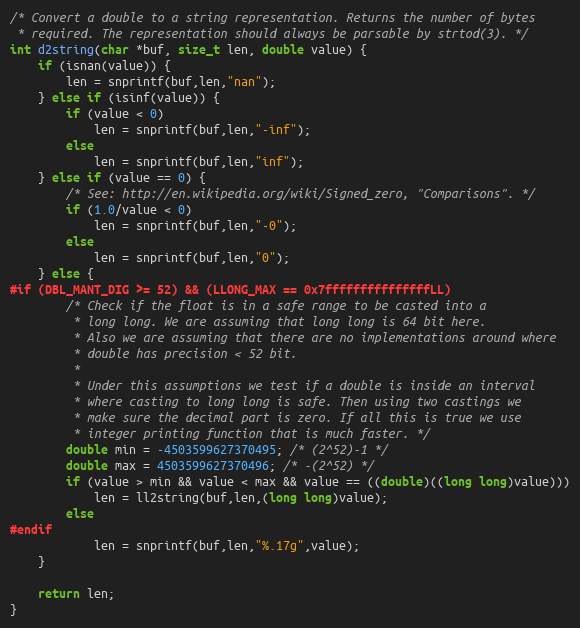
Language: C
/* Convert a double to a string representation. Returns the number of bytes
 * required. The representation should always be parsable by strtod(3). */
int d2string(char *buf, size_t len, double value) {
    if (isnan(value)) {
        len = snprintf(buf,len,"nan");
    } else if (isinf(value)) {
        if (value < 0)
            len = snprintf(buf,len,"-inf");
        else
            len = snprintf(buf,len,"inf");
    } else if (value == 0) {
        /* See: http://en.wikipedia.org/wiki/Signed_zero, "Comparisons". */
        if (1.0/value < 0)
            len = snprintf(buf,len,"-0");
        else
            len = snprintf(buf,len,"0");
    } else {
#if (DBL_MANT_DIG >= 52) && (LLONG_MAX == 0x7fffffffffffffffLL)
        /* Check if the float is in a safe range to be casted into a
         * long long. We are assuming that long long is 64 bit here.
         * Also we are assuming that there are no implementations around where
         * double has precision < 52 bit.
         *
         * Under this assumptions we test if a double is inside an interval
         * where casting to long long is safe. Then using two castings we
         * make sure the decimal part is zero. If all this is true we use
         * integer printing function that is much faster. */
        double min = -4503599627370495; /* (2^52)-1 */
        double max = 4503599627370496; /* -(2^52) */
        if (value > min && value < max && value == ((double)((long long)value)))
            len = ll2string(buf,len,(long long)value);
        else
#endif
            len = snprintf(buf,len,"%.17g",value);
    }

    return len;
}